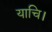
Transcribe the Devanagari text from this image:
याचि।